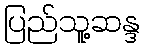
ပြည်သူ့ဆန္ဒ